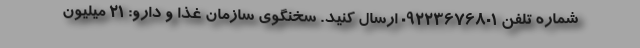
شماره تلفن ۰۹۲۲۳۶۷۶۸۰۱ ارسال کنید. سخنگوی سازمان غذا و دارو: ۲۱ میلیون